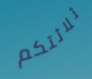
ثلاثتكم